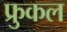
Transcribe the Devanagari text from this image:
फ्रुकल